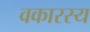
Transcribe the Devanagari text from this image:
वकारस्य